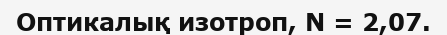
Оптикалық изотроп, N = 2,07.